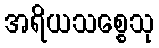
အရိယသစ္စေသု